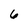
Character: 6